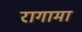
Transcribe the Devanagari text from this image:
रागामा